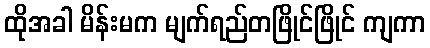
ထိုအခါ မိန်းမက မျက်ရည်တဖြိုင်ဖြိုင် ကျကာ